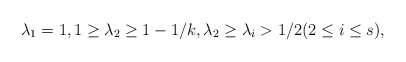
\begin{align*}\lambda_1=1,1\ge \lambda_2\ge 1 - 1/k,\lambda_2 \ge \lambda_i>1/2(2 \le i \le s),\end{align*}